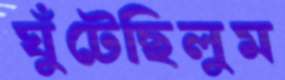
ঘুঁটেছিলুম